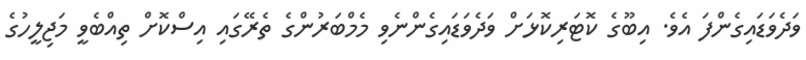
ވަދެވަޑައިގެންފަ އެވެ. އިބޫގެ ކޮޓަރިކޮޅަށް ވަދެވަޑައިގެންނެވި މެމްބަރުންގެ ތެރޭގައި އިސްކޮށް ތިއްބެވީ މަޖިލީހުގެ